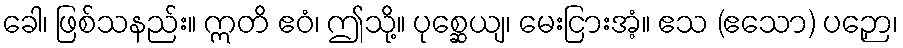
ခေါ၊ ဖြစ်သနည်း။ ဣတိ ဧဝံ၊ ဤသို့။ ပုစ္ဆေယျ၊ မေးငြားအံ့။ ဧသ (ဧသော) ပဉှော၊